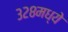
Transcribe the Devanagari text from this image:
३२८मध्ये